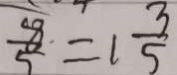
\frac { 8 } { 5 } = 1 \frac { 3 } { 5 }